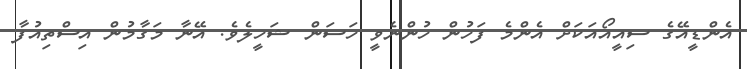
އެންޑީއޭގެ ސިއީއޯއަކަށް އެންމެ ފަހުން ހުންނެވީ ހަސަން ޝަހީލެވެ. އޭނާ މަގާމުން އިސްތިއުފާ